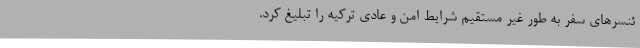
ئنسرهای سفر به طور غیر مستقیم شرایط امن و عادی ترکیه را تبلیغ کرد.